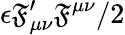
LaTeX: \epsilon\mathfrak{F}_{\mu\nu}^{\prime}\mathfrak{F}^{\mu\nu}/2